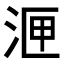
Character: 𭰙